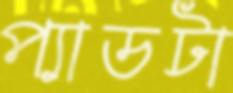
প্যাডটা